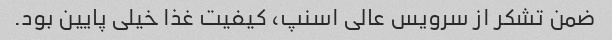
ضمن تشکر از سرویس عالی اسنپ، کیفیت غذا خیلی پایین بود.